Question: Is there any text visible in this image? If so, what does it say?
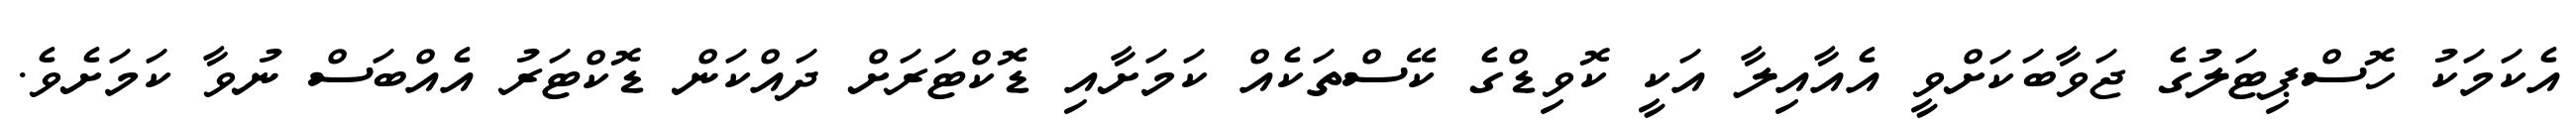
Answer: އެކަމަކު ހޮސްޕިޓަލުގެ ޖަވާބަކަށްވީ އެއާއިލާ އަކީ ކޮވިޑްގެ ކޭސްތަކެއް ކަމަށާއި ޑޮކްޓަރަށް ދައްކަން ޑޮކްޓަރު އެއްބަސް ނުވާ ކަމަށެވެ.